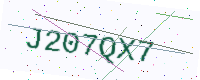
Text: J207QX7